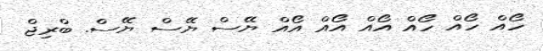
ހޯއް ހޯއް ހޯއް އޯއް އޯއް އޯއް ޔޭސް ޔޭސް ޔޭސް. ބްރިޖް